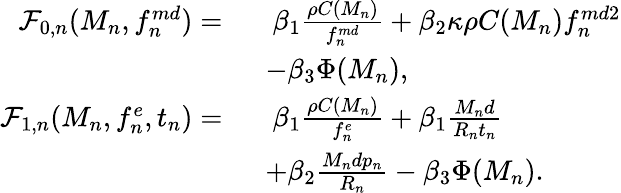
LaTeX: \begin{array}{rl}{\mathcal{F}_{0,n}({M_{n}},{f_{n}^{md}})=\ }&{\ \beta_{1}\frac{\rho C(M_{n})}{f_{n}^{md}}+\beta_{2}\kappa\rho C(M_{n})f_{n}^{md2}}\\ &{-\beta_{3}\Phi(M_{n}),}\\ {\mathcal{F}_{1,n}({M_{n}},{f_{n}^{e}},{t_{n}})=\ }&{\ \beta_{1}\frac{\rho C(M_{n})}{f_{n}^{e}}+\beta_{1}\frac{M_{n}d}{R_{n}t_{n}}}\\ &{+\beta_{2}\frac{M_{n}dp_{n}}{R_{n}}-\beta_{3}\Phi(M_{n}).}\end{array}